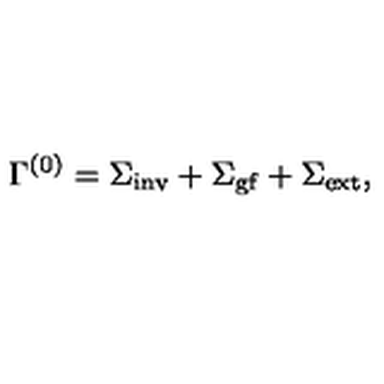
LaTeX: \Gamma ^ { ( 0 ) } = \Sigma _ { \mathrm { i n v } } + \Sigma _ { \mathrm { g f } } + \Sigma _ { \mathrm { e x t } } ,